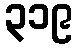
၃၁၉